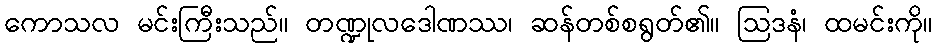
ကောသလ မင်းကြီးသည်။ တဏ္ဍုလဒေါဏဿ၊ ဆန်တစ်စရွတ်၏။ ဩဒနံ၊ ထမင်းကို။